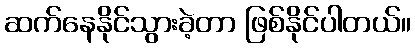
ဆက်နေနိုင်သွားခဲ့တာ ဖြစ်နိုင်ပါတယ်။